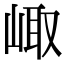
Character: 𡸨